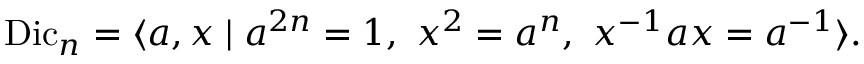
\operatorname { D i c } _ { n } = \langle a , x \mid a ^ { 2 n } = 1 , \ x ^ { 2 } = a ^ { n } , \ x ^ { - 1 } a x = a ^ { - 1 } \rangle . \,